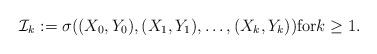
LaTeX: \begin{align*}{\mathcal{I}}_k:=\sigma ((X_0,Y_0), (X_1,Y_1),\ldots, (X_k,Y_k))\mbox{for}k\geq 1.\end{align*}